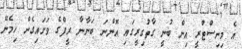
އެ މިނިސްޓްރީ އިން ބުނީ ގާތުގިރީގައި އޮންނަ ބަނާނާ ރީފްގެ ވަށައިގެން ހިމެނޭ